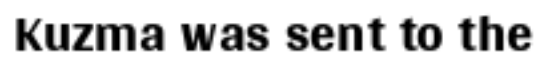
Kuzma was sent to the